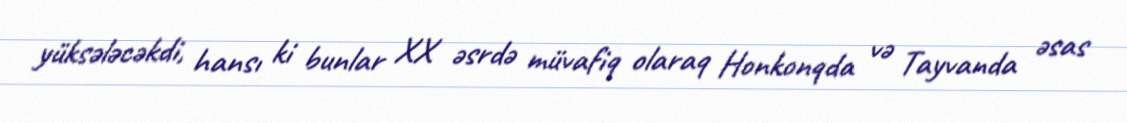
yüksələcəkdi, hansı ki bunlar XX əsrdə müvafiq olaraq Honkonqda və Tayvanda əsas